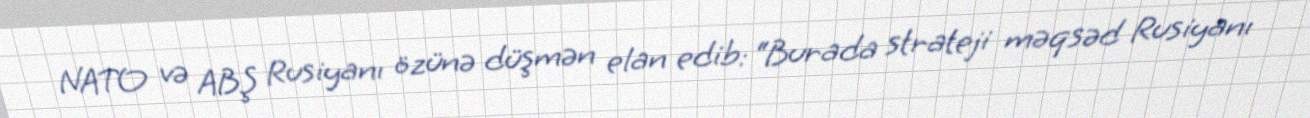
NATO və ABŞ Rusiyanı özünə düşmən elan edib: “Burada strateji məqsəd Rusiyanı